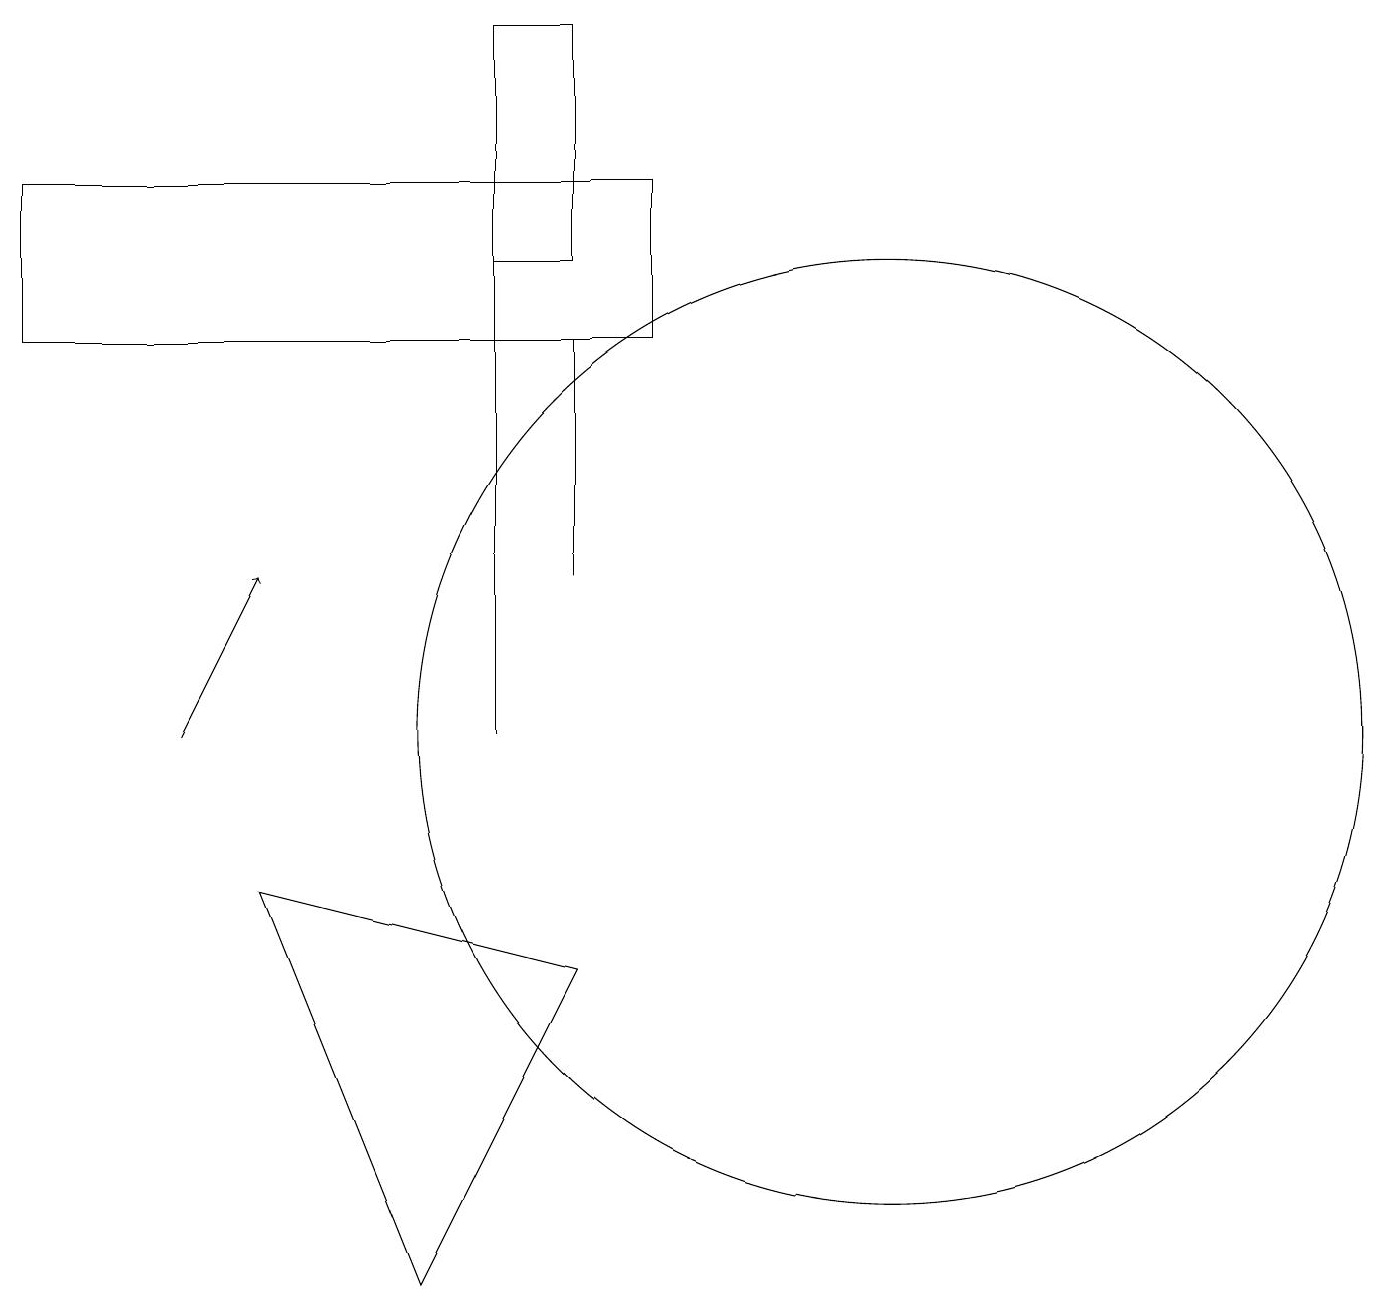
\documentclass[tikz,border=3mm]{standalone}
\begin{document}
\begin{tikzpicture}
\draw (1,17) rectangle (9,15);
\draw (8,12) rectangle (8,15);
\draw (8,7) -- (6,3) -- (4,8) -- cycle;
\draw (12,10) circle (6);
\draw[->] (3,10) -- (4,12);
\draw (7,10) rectangle (7,19);
\draw (7,16) rectangle (8,19);
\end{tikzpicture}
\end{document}